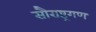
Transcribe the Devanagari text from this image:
सौराष्ट्रगण